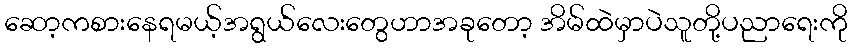
ဆော့ကစားနေရမယ့်အရွယ်လေးတွေဟာအခုတော့ အိမ်ထဲမှာပဲသူတို့ပညာရေးကို